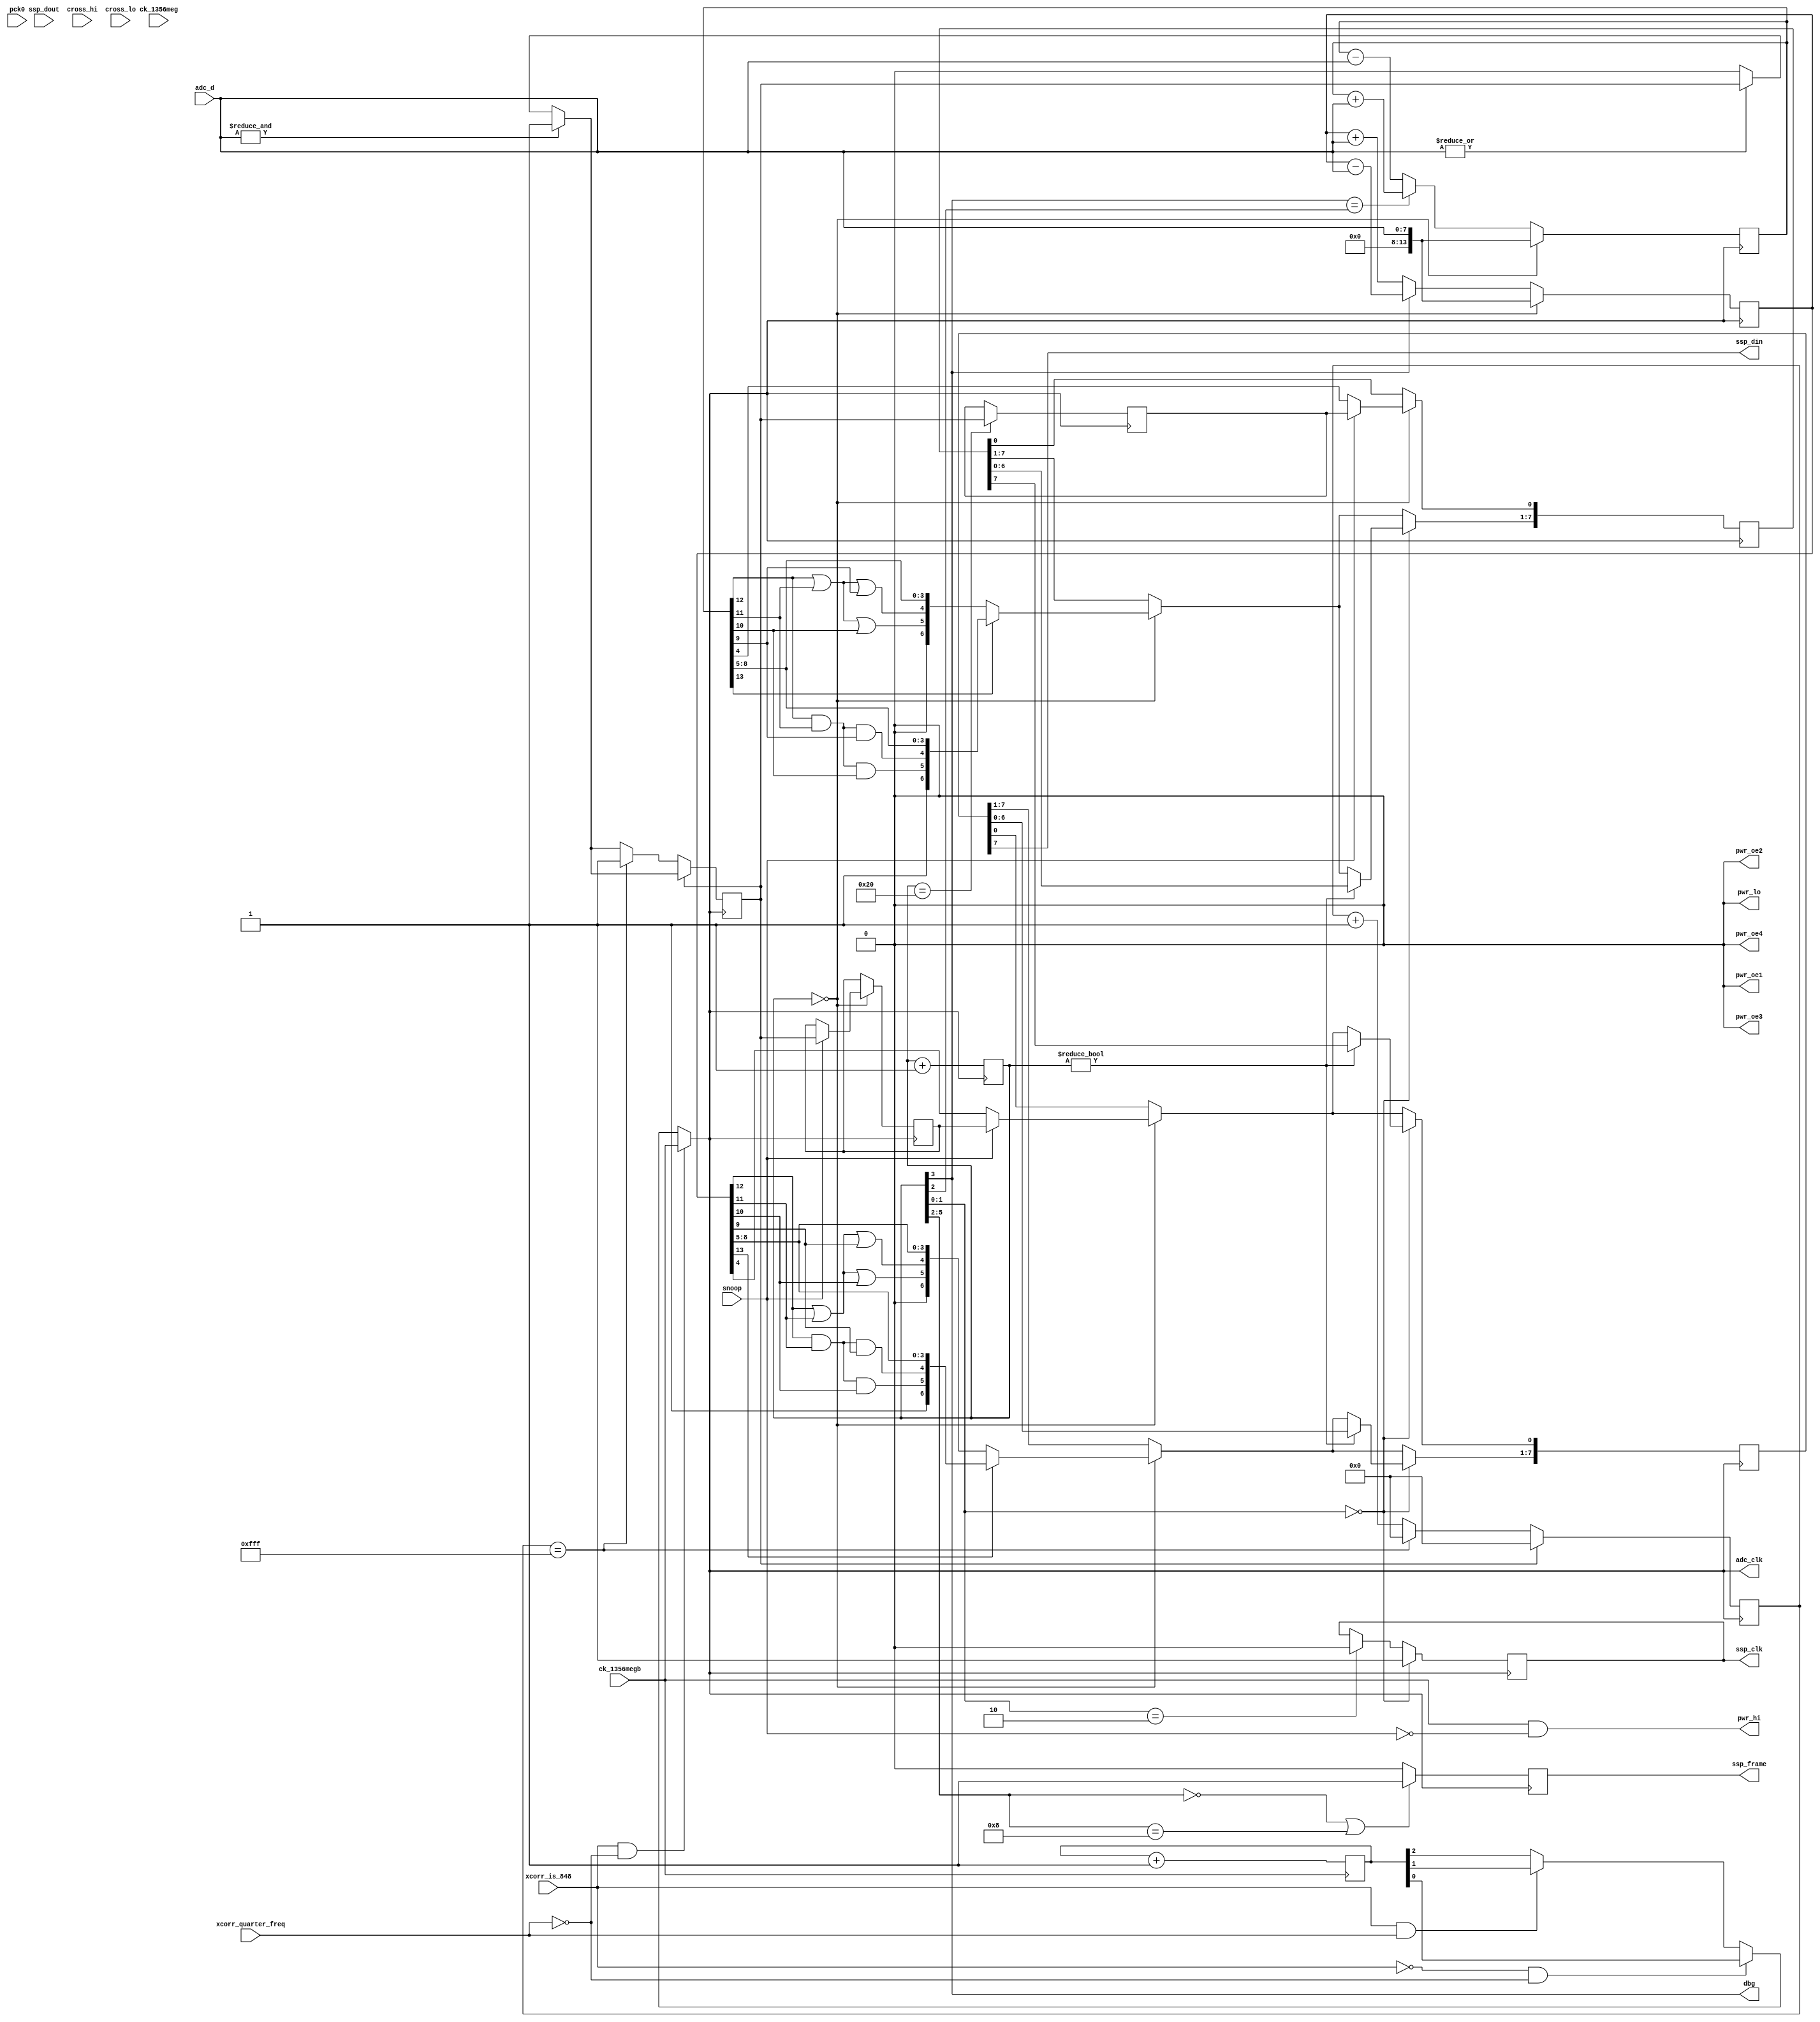
module hi_read_rx_xcorr(
    pck0, ck_1356meg, ck_1356megb,
    pwr_lo, pwr_hi, pwr_oe1, pwr_oe2, pwr_oe3, pwr_oe4,
    adc_d, adc_clk,
    ssp_frame, ssp_din, ssp_dout, ssp_clk,
    cross_hi, cross_lo,
    dbg,
    xcorr_is_848, snoop, xcorr_quarter_freq
);
    input pck0, ck_1356meg, ck_1356megb;
    output pwr_lo, pwr_hi, pwr_oe1, pwr_oe2, pwr_oe3, pwr_oe4;
    input [7:0] adc_d;
    output adc_clk;
    input ssp_dout;
    output ssp_frame, ssp_din, ssp_clk;
    input cross_hi, cross_lo;
    output dbg;
    input xcorr_is_848, snoop, xcorr_quarter_freq;

// Carrier is steady on through this, unless we're snooping.
assign pwr_hi = ck_1356megb & (~snoop);
assign pwr_oe1 = 1'b0;
assign pwr_oe3 = 1'b0;
assign pwr_oe4 = 1'b0;

reg [2:0] fc_div;
always @(negedge ck_1356megb)
    fc_div <= fc_div + 1;

(* clock_signal = "yes" *) reg adc_clk;				// sample frequency, always 16 * fc
always @(ck_1356megb, xcorr_is_848, xcorr_quarter_freq, fc_div)
	if (xcorr_is_848 & ~xcorr_quarter_freq)			// fc = 847.5 kHz, standard ISO14443B
		adc_clk <= ck_1356megb;
	else if (~xcorr_is_848 & ~xcorr_quarter_freq)	// fc = 423.75 kHz 
		adc_clk <= fc_div[0];
	else if (xcorr_is_848 & xcorr_quarter_freq)		// fc = 211.875 kHz
		adc_clk <= fc_div[1];
	else 											// fc = 105.9375 kHz
		adc_clk <= fc_div[2];

// When we're a reader, we just need to do the BPSK demod; but when we're an
// eavesdropper, we also need to pick out the commands sent by the reader,
// using AM. Do this the same way that we do it for the simulated tag.
reg after_hysteresis, after_hysteresis_prev, after_hysteresis_prev_prev;
reg [11:0] has_been_low_for;
always @(negedge adc_clk)
begin
    if(& adc_d[7:0]) after_hysteresis <= 1'b1;
    else if(~(| adc_d[7:0])) after_hysteresis <= 1'b0;

    if(after_hysteresis)
    begin
        has_been_low_for <= 7'b0;
    end
    else
    begin
        if(has_been_low_for == 12'd4095)
        begin
            has_been_low_for <= 12'd0;
            after_hysteresis <= 1'b1;
        end
        else
            has_been_low_for <= has_been_low_for + 1;
    end
end

// Let us report a correlation every 4 subcarrier cycles, or 4*16=64 samples,
// so we need a 6-bit counter.
reg [5:0] corr_i_cnt;

// And a couple of registers in which to accumulate the correlations. Since
// load modulation saturates the ADC we have to use a large enough register
// 32 * 255 = 8160, which can be held in 13 bits. Add 1 bit for sign.
//
// The initial code assumed a phase shift of up to 25% and the accumulators were
// 11 bits (32 * 255 * 0,25 = 2040), we will pack all bits exceeding 11 bits into
// MSB. This prevents under/-overflows but preserves sensitivity on the lower end.
reg signed [13:0] corr_i_accum;
reg signed [13:0] corr_q_accum;

// we will report maximum 8 significant bits
reg signed [7:0] corr_i_out;
reg signed [7:0] corr_q_out;

// clock and frame signal for communication to ARM
reg ssp_clk;
reg ssp_frame;


always @(negedge adc_clk)
begin
		corr_i_cnt <= corr_i_cnt + 1;
end		
		

// ADC data appears on the rising edge, so sample it on the falling edge
always @(negedge adc_clk)
begin
    // These are the correlators: we correlate against in-phase and quadrature
    // versions of our reference signal, and keep the (signed) result to
    // send out later over the SSP.
    if(corr_i_cnt == 6'd0)
    begin
        // send 10 bits of tag signal, 4 MSBs are stuffed into 2 MSB
        if(~corr_i_accum[13])
            corr_i_out <= {corr_i_accum[13],
                           corr_i_accum[12] | corr_i_accum[11] | corr_i_accum[10],
                           corr_i_accum[12] | corr_i_accum[11] | corr_i_accum[9],
                           corr_i_accum[8:4]};
        else
            corr_i_out <= {corr_i_accum[13],
                           corr_i_accum[12] & corr_i_accum[11] & corr_i_accum[10],
                           corr_i_accum[12] & corr_i_accum[11] & corr_i_accum[9],
                           corr_i_accum[8:4]};

        if(~corr_q_accum[13])
            corr_q_out <= {corr_q_accum[13],
                           corr_q_accum[12] | corr_q_accum[11] | corr_q_accum[10],
                           corr_q_accum[12] | corr_q_accum[11] | corr_q_accum[9],
                           corr_q_accum[8:4]};
        else
            corr_q_out <= {corr_q_accum[13],
                           corr_q_accum[12] & corr_q_accum[11] & corr_q_accum[10],
                           corr_q_accum[12] & corr_q_accum[11] & corr_q_accum[9],
                           corr_q_accum[8:4]};

        if(snoop)
        begin
            // replace LSB with 1 bit reader signal
            corr_i_out[0] <= after_hysteresis_prev_prev;
            corr_q_out[0] <= after_hysteresis_prev;
            after_hysteresis_prev_prev <= after_hysteresis;
        end

        corr_i_accum <= adc_d;
        corr_q_accum <= adc_d;
    end
    else
    begin
        if(corr_i_cnt[3])
            corr_i_accum <= corr_i_accum - adc_d;
        else
            corr_i_accum <= corr_i_accum + adc_d;

        if(corr_i_cnt[3] == corr_i_cnt[2])			// phase shifted by pi/2
            corr_q_accum <= corr_q_accum + adc_d;
        else
            corr_q_accum <= corr_q_accum - adc_d;

    end

    // The logic in hi_simulate.v reports 4 samples per bit. We report two
    // (I, Q) pairs per bit, so we should do 2 samples per pair.
    if(corr_i_cnt == 6'd32)
        after_hysteresis_prev <= after_hysteresis;

    // Then the result from last time is serialized and send out to the ARM.
    // We get one report each cycle, and each report is 16 bits, so the
    // ssp_clk should be the adc_clk divided by 64/16 = 4.

    if(corr_i_cnt[1:0] == 2'b10)
        ssp_clk <= 1'b0;

    if(corr_i_cnt[1:0] == 2'b00)
    begin
        ssp_clk <= 1'b1;
        // Don't shift if we just loaded new data, obviously.
        if(corr_i_cnt != 6'd0)
        begin
            corr_i_out[7:0] <= {corr_i_out[6:0], corr_q_out[7]};
            corr_q_out[7:1] <= corr_q_out[6:0];
        end
    end

	// set ssp_frame signal for corr_i_cnt = 0..3 and corr_i_cnt = 32..35
	// (send two frames with 8 Bits each)
    if(corr_i_cnt[5:2] == 4'b0000 || corr_i_cnt[5:2] == 4'b1000)
        ssp_frame = 1'b1;
    else
        ssp_frame = 1'b0;

end

assign ssp_din = corr_i_out[7];

assign dbg = corr_i_cnt[3];

// Unused.
assign pwr_lo = 1'b0;
assign pwr_oe2 = 1'b0;

endmodule